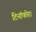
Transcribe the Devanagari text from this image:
टिनॉफोरा